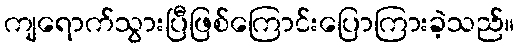
ကျရောက်သွားပြီဖြစ်ကြောင်းပြောကြားခဲ့သည်။